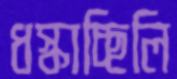
ধস্‌কাচ্ছিলি